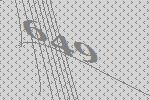
649